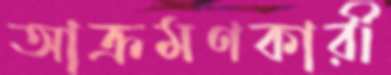
আক্রমণকারী